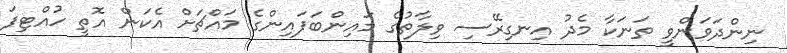
ނިންދަވަންވީ ތަނަކާ މެދު އިނގިރޭސި ވިލާތުގެ މައިންބަފައިންގެ މައްޗަށް އެކަން އޮތީ ހުއްޓިފަ